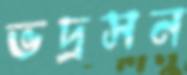
ভদ্রসন